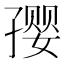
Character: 𪧀